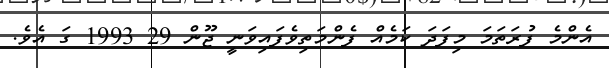
އެންމެ ފުރަތަމަ މިފަދަ ކަމެއް ފެންމަތިވެފައިވަނީ ޖޫން 29 1993 ގަ އެވެ.